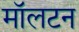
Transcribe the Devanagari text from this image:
मॉलटन